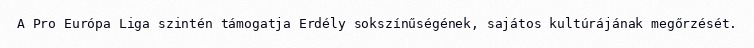
A Pro Európa Liga szintén támogatja Erdély sokszínűségének, sajátos kultúrájának megőrzését.